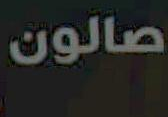
صالون